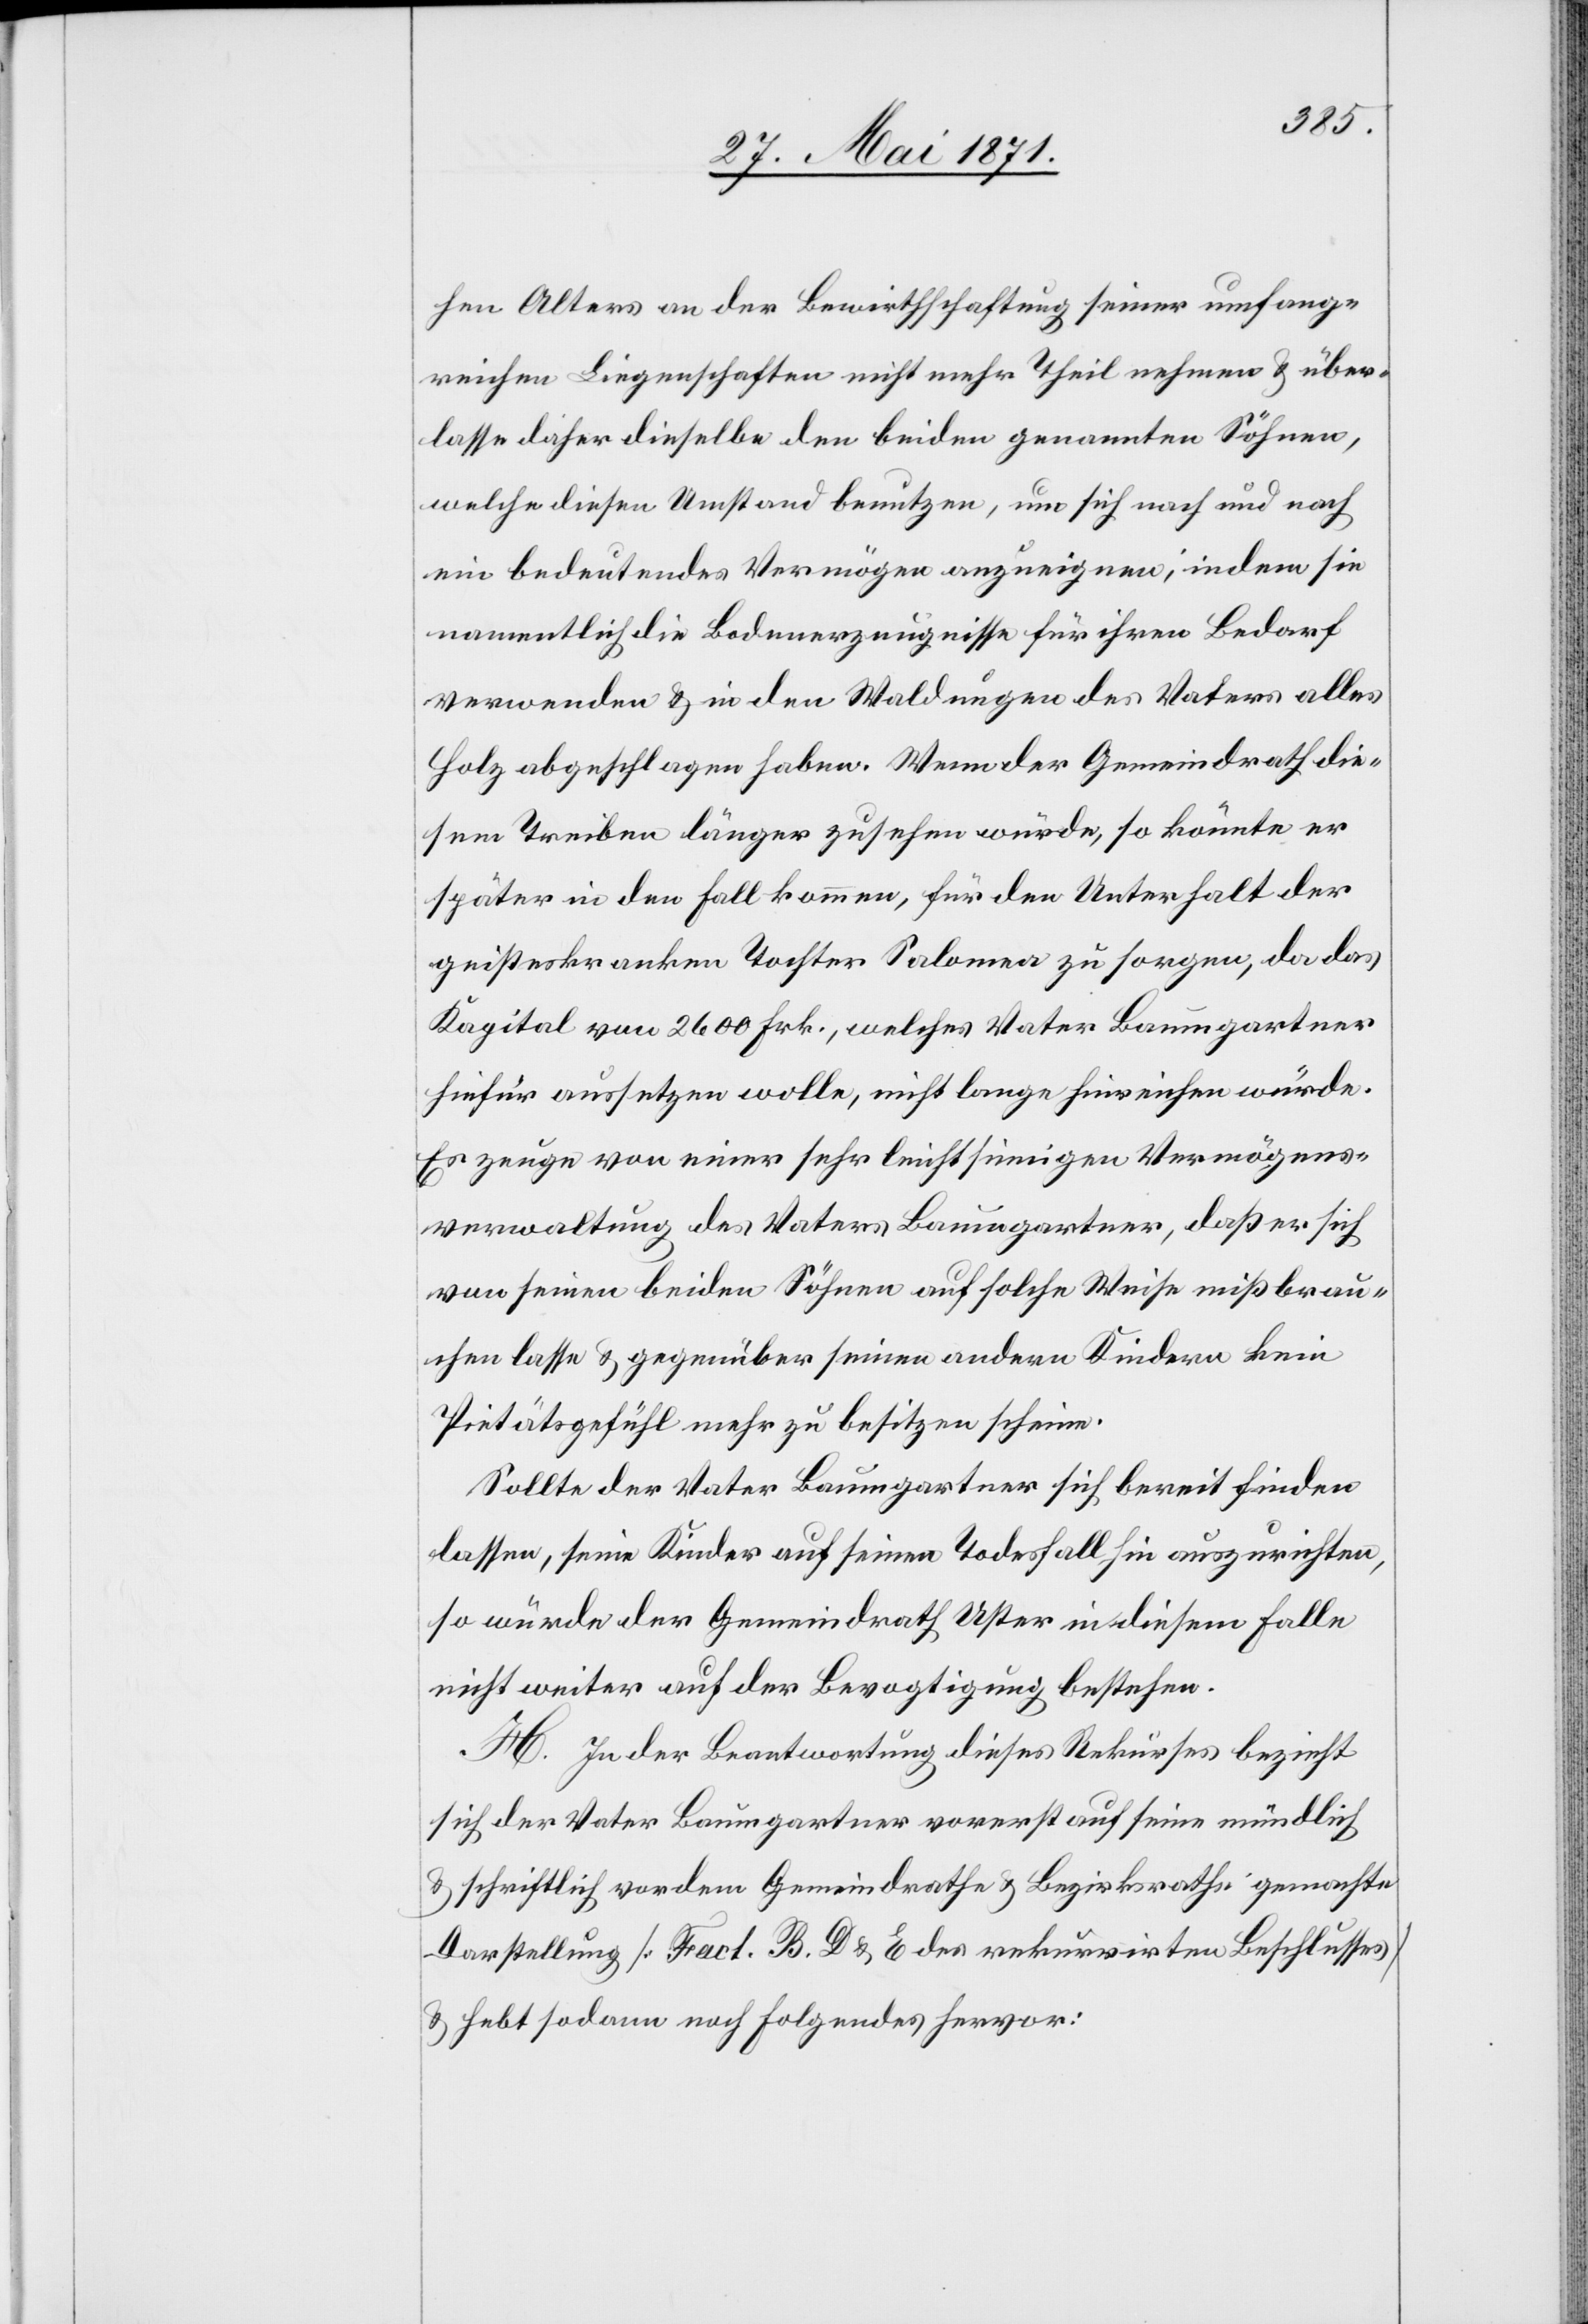
hen Alters an der Bewirthschaftung seiner umfang¬
reichen Liegenschaften nicht mehr Theil nehmen u. über¬
lasse daher dieselbe den beiden genannten Söhnen,
welche diesen Umstand benutzen, um sich nach und nach
ein bedeutendes Vermögen anzueignen, indem sie
namentlich die Bodenerzeugnisse für ihren Bedarf
verwenden u. in den Waldungen des Vaters alles
Holz abgeschlagen haben. Wenn der Gemeindrath die¬
sem Treiben länger zusehen würde, so könnte er
später in den Fall kommen, für den Unterhalt der
geisteskranken Tochter Salomea zu sorgen, da das
Kapital von 2600 Frk., welches Vater Baumgartner
hiefür aussetzen wolle, nicht lange hinreichen würde.
Es zeuge von einer sehr leichtsinnigen Vermögens¬
verwaltung des Vaters Baumgartner, daß er sich
von seinen beiden Söhnen auf solche Weise mißbrau¬
chen lasse u. gegenüber seinen andern Kindern kein
Pietätsgefühl mehr zu besitzen scheine.
Sollte der Vater Baumgartner sich bereit finden
lassen, seine Kinder auf seinen Todesfall hin auszurichten,
so würde der Gemeindrath Uster in diesem Falle
nicht weiter auf der Bevogtigung bestehen.
H. In der Beantwortung dieses Rekurses bezieht
sich der Vater Baumgartner vorerst auf seine mündlich
u. schriftlich vor dem Gemeindrathe u. Bezirksrathe gemachte
Darstellung [Fact. B, D u. E des rekurrirten Beschlusses]
u. hebt sodann noch Folgendes hervor: